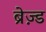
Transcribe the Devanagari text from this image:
ब्रेज़्ड